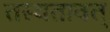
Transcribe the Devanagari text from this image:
तस्यतावत्